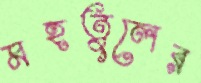
মহতুলের